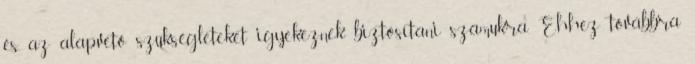
és az alapvető szükségleteket igyekeznek biztosítani számukra. Ehhez továbbra